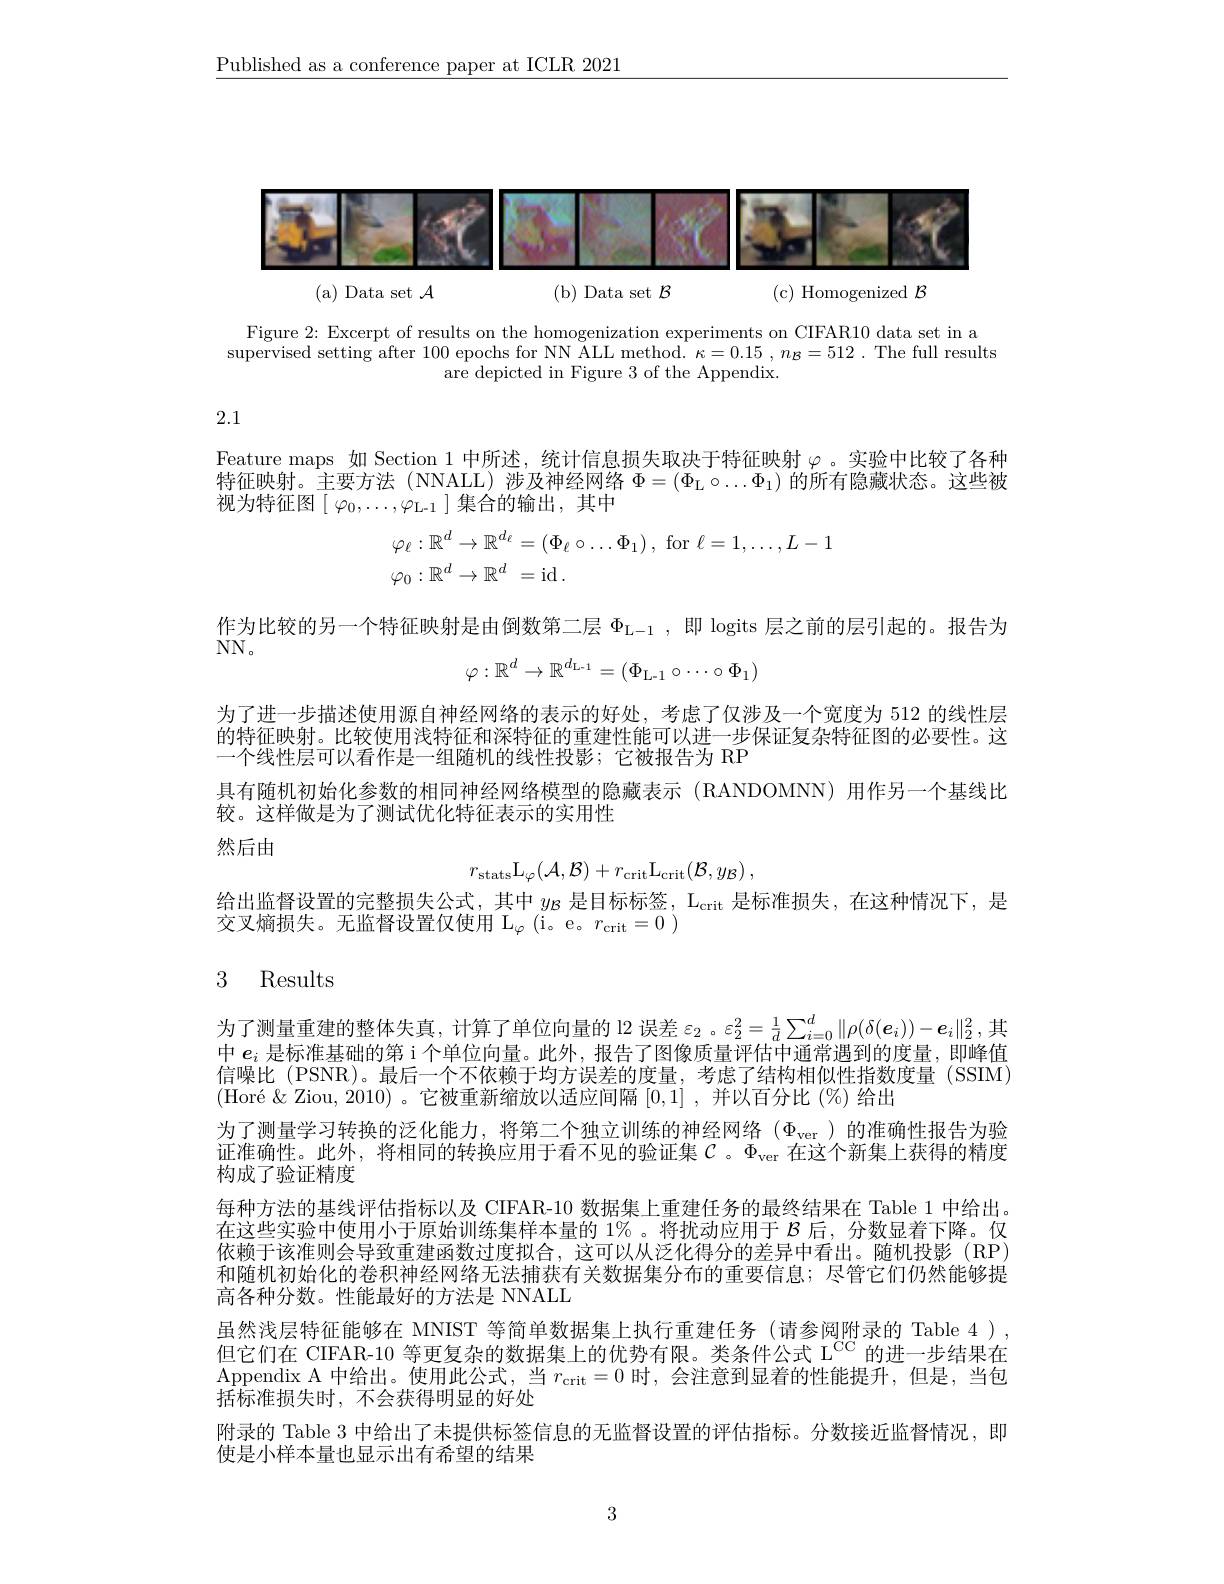
$\underline{\text{Published as a conference paper at ICLR 2021}}$

<FigureHere>
(a) Data set $\mathcal{A}$
(b) Data set $\mathcal{B}$
(c) Homogenized $\mathcal{B}$

Figure 2: Excerpt of results on the homogenization experiments on CIFAR10 data set in a $\bar{\text{supervised setting after }100\text{ epochs for NN ALL method. }\kappa=0.15},n_{\mathcal{B}}=512.$The full results
are depicted in Figure 3 of the Appendix.

2.1

Feature maps 如 Section 1 中所述，统计信息损失取决于特征映射$\varphi$。实验中比较了各种特征映射。主要方法(NNALL)涉及神经网络$\Phi=(\Phi_{\mathrm{L}}\circ\ldots\Phi_{1})$的所有隐藏状态。这些被视为特征图$\left[\begin{array}{c}\varphi_0,\ldots,\varphi_{\mathrm{L-1}}\end{array}\right]$集合的输出，其中
$$\begin{aligned}\varphi_\ell:\mathbb{R}^d\to\mathbb{R}^{d_\ell}&=(\Phi_\ell\circ\dots\Phi_1)\:,\:\mathrm{for}\:\ell=1,\dots,L-1\\\varphi_0:\mathbb{R}^d\to\mathbb{R}^d&=\mathrm{id}\:.\end{aligned}$$
作为比较的另一个特征映射是由倒数第二层$\Phi_{\mathrm{L-1}}$,即 logits 层之前的层引起的。报告为

$NN$。
$$\varphi:\mathbb{R}^d\to\mathbb{R}^{d_{\mathrm{L-1}}}=(\Phi_{\mathrm{L-1}}\circ\cdots\circ\Phi_1)$$
为了进一步描述使用源自神经网络的表示的好处，考虑了仅涉及一个宽度为 512 的线性层的特征映射。比较使用浅特征和深特征的重建性能可以进一步保证复杂特征图的必要性。这一个线性层可以看作是一组随机的线性投影；它被报告为 RP
具有随机初始化参数的相同神经网络模型的隐藏表示 (RANDOMNN)用作另一个基线比
较。这样做是为了测试优化特征表示的实用性

然后由
$$r_{\mathrm{stats}}\mathrm{L}_{\varphi}(\mathcal{A},\mathcal{B})+r_{\mathrm{crit}}\mathrm{L}_{\mathrm{crit}}(\mathcal{B},y_{\mathcal{B}})\:,$$
给出监督设置的完整损失公式，其中$y_\mathrm{B}$是目标标签，$\mathcal{L}_\mathrm{crit}$是标准损失，在这种情况下，是
交叉熵损失。无监督设置仅使用$\mathcal{L} _\varphi$ ( i。e。$r_{\mathrm{crit}}= 0$

## 3 Results

为了测量重建的整体失真，计算了单位向量的 l2 误差 $\varepsilon_2$ 。$\varepsilon_2^2=\frac1d\sum_{i=0}^d\|\rho(\delta(\boldsymbol{e}_i))-\boldsymbol{e}_i\|_2^2$,其中$e_i$是标准基础的第 i 个单位向量。此外，报告了图像质量评估中通常遇到的度量，即峰值信噪比 (PSNR)。最后一个不依赖于均方误差的度量，考虑了结构相似性指数度量 (SSIM) $( \text{Hor\' {e}}\&$ Ziou, 2010) 。它被重新缩放以适应间隔[0,1] ,并以百分比$(\%)$给出
为了测量学习转换的泛化能力，将第二个独立训练的神经网络($\Phi_\mathrm{ver}$)的准确性报告为验证准确性。此外，将相同的转换应用于看不见的验证集$\mathcal{C}$ 。$\Phi_\mathrm{ver}$ 在这个新集上获得的精度构成了验证精度
每种方法的基线评估指标以及 CIFAR-10 数据集上重建任务的最终结果在 Table 1 中给出。在这些实验中使用小于原始训练集样本量的 1% 。将扰动应用于$\mathcal{B}$后，分数显着下降。仅依赖于该准则会导致重建函数过度拟合，这可以从泛化得分的差异中看出。随机投影(RP) 和随机初始化的卷积神经网络无法捕获有关数据集分布的重要信息；尽管它们仍然能够提高各种分数。性能最好的方法是 NNALL
虽然浅层特征能够在 MNIST 等简单数据集上执行重建任务 (请参阅附录的 Table 4 ) , 但它们在 CIFAR-10 等更复杂的数据集上的优势有限。类条件公式 L$^\mathrm{CC}$的进一步结果在$\begin{array}{c}\mathrm{Appendix~A~中给出。使用此公式，~}&\text{当 }r_{\mathrm{crit}}=0\end{array}$时，会注意到显着的性能提升，但是，当包括标准损失时，不会获得明显的好处
附录的 Table 3 中给出了未提供标签信息的无监督设置的评估指标。分数接近监督情况，即
使是小样本量也显示出有希望的结果

3